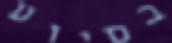
בסיוע